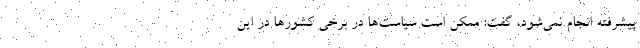
پیشرفته انجام نمی‌شود، گفت: ممکن است سیاست‌ها در برخی کشورها در این